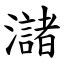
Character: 㶆